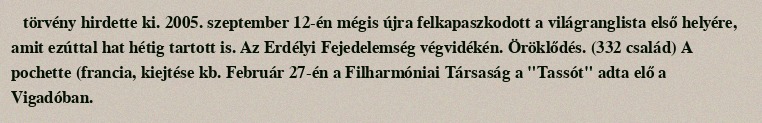
törvény hirdette ki. 2005. szeptember 12-én mégis újra felkapaszkodott a világranglista első helyére, amit ezúttal hat hétig tartott is. Az Erdélyi Fejedelemség végvidékén. Öröklődés. (332 család) A pochette (francia, kiejtése kb. Február 27-én a Filharmóniai Társaság a "Tassót" adta elő a Vigadóban.